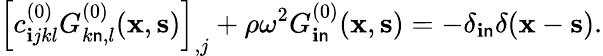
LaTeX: \left[c_{\mathbf{i}jkl}^{(0)}G_{k\mathsf{n},l}^{(0)}({\mathbf{x}},{\mathbf{s}})\right]_{,j}+\rho\omega^{2}G_{\mathbf{i}\mathsf{n}}^{(0)}({\mathbf{x}},{\mathbf{s}})=-\delta_{\mathbf{i}\mathsf{n}}\delta({\mathbf{x}}-{\mathbf{s}}).